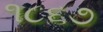
૧૮૬૭